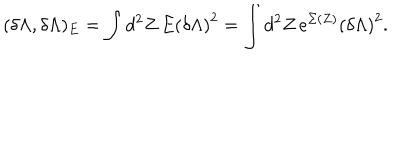
( \delta \Lambda , \delta \Lambda ) _ { E } = \int d ^ { 2 } Z \, E \left( \delta \Lambda \right) ^ { 2 } = \int d ^ { 2 } Z \, e ^ { \Sigma ( Z ) } \left( \delta \Lambda \right) ^ { 2 } .